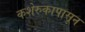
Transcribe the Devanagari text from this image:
कशेरुकापासून